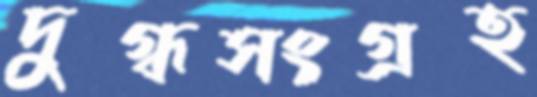
দুগ্ধসংগ্রহ